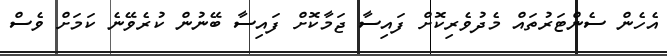
އެހެން ސެންޓަރުތައް މެދުވެރިކޮށް ފައިސާ ޖަމާކޮށް ފައިސާ ބޭނުން ކުރެވޭނެ ކަމަށް ވެސް